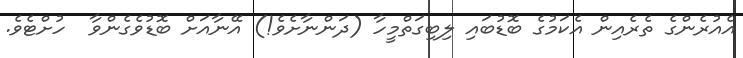
އެއުރެންގެ ތެރެއިން އެކަމުގެ ބޮޑުބައި ލިބިގަތްމީހާ (ދަންނާށެވެ!) އޭނާއަށް ބޮޑުވެގެންވާ  ހުށްޓެވެ.